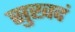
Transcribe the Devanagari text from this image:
सुखदं